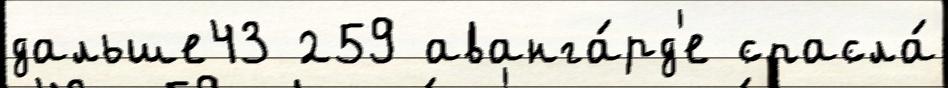
дальше43 259 аванга́рд'е спасла́